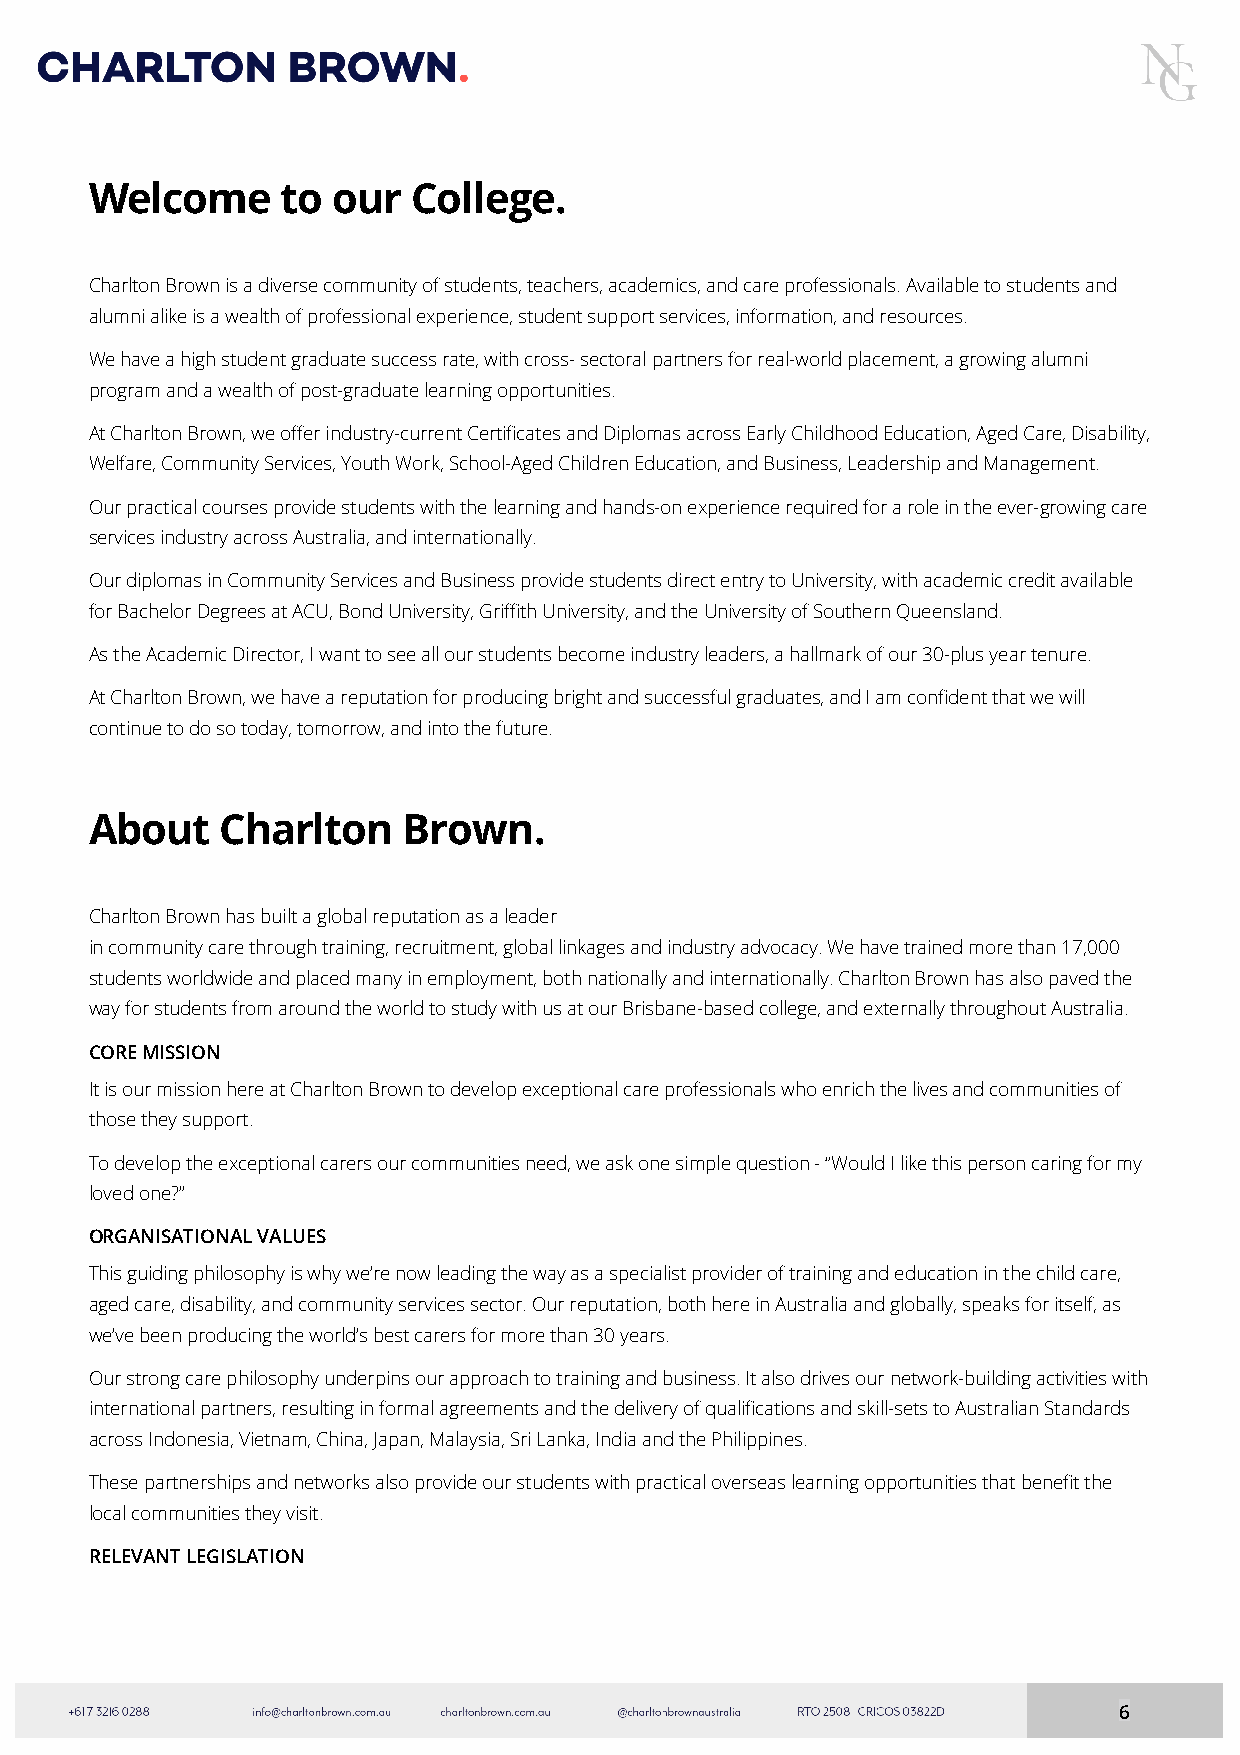
Welcome      to our  College.
 Charlton Brown is a diverse community of students, teachers, academics, and care professionals. Available to students and
 alumni alike is a wealth of professional experience, student support services, information, and resources.
 We have a high student graduate success rate, with cross- sectoral partners for real-world placement, a growing alumni
 program and a wealth of post-graduate learning opportunities.
 At Charlton Brown, we offer industry-current Certificates and Diplomas across Early Childhood Education, Aged Care, Disability,
 Welfare, Community Services, Youth Work, School-Aged Children Education, and Business, Leadership and Management.
 Our practical courses provide students with the learning and hands-on experience required for a role in the ever-growing care
 services industry across Australia, and internationally.
 Our diplomas in Community Services and Business provide students direct entry to University, with academic credit available
 for Bachelor Degrees at ACU, Bond University, Griffith University, and the University of Southern Queensland.
 As the Academic Director, I want to see all our students become industry leaders, a hallmark of our 30-plus year tenure.
 At Charlton Brown, we have a reputation for producing bright and successful graduates, and I am confident that we will
 continue to do so today, tomorrow, and into the future.
 About    Charlton    Brown.
 Charlton Brown has built a global reputation as a leader
 in community care through training, recruitment, global linkages and industry advocacy. We have trained more than 17,000
 students worldwide and placed many in employment, both nationally and internationally. Charlton Brown has also paved the
 way for students from around the world to study with us at our Brisbane-based college, and externally throughout Australia.
 CORE MISSION
 It is our mission here at Charlton Brown to develop exceptional care professionals who enrich the lives and communities of
 those they support.
 To develop the exceptional carers our communities need, we ask one simple question - “Would I like this person caring for my
 loved one?”
 ORGANISATIONAL VALUES
 This guiding philosophy is why we’re now leading the way as a specialist provider of training and education in the child care,
 aged care, disability, and community services sector. Our reputation, both here in Australia and globally, speaks for itself, as
 we’ve been producing the world’s best carers for more than 30 years.
 Our strong care philosophy underpins our approach to training and business. It also drives our network-building activities with
 international partners, resulting in formal agreements and the delivery of qualifications and skill-sets to Australian Standards
 across Indonesia, Vietnam, China, Japan, Malaysia, Sri Lanka, India and the Philippines.
 These partnerships and networks also provide our students with practical overseas learning opportunities that benefit the
 local communities they visit.
 RELEVANT LEGISLATION
 6